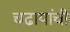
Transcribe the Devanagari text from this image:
चढायांची